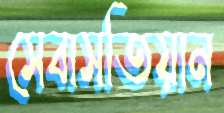
সেবাসতিয়ান